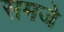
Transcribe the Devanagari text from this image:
समजे